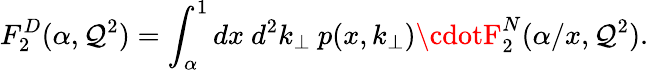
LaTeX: F_{2}^{D}(\alpha,\mathcal{Q}^{2})=\int_{\alpha}^{1}dx{\ }{d^{2}}k_{\bot}\ p(x,k_{\bot})\cdotF_{2}^{N}(\alpha/x,\mathcal{Q}^{2}).